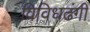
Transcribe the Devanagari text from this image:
विविधढंगी